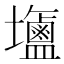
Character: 𪉹